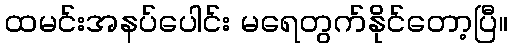
ထမင်းအနပ်ပေါင်း မရေတွက်နိုင်တော့ပြီ။